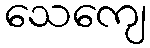
သေကျေ